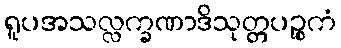
ရူပအသလ္လက္ခဏာဒိသုတ္တပဉ္စကံ